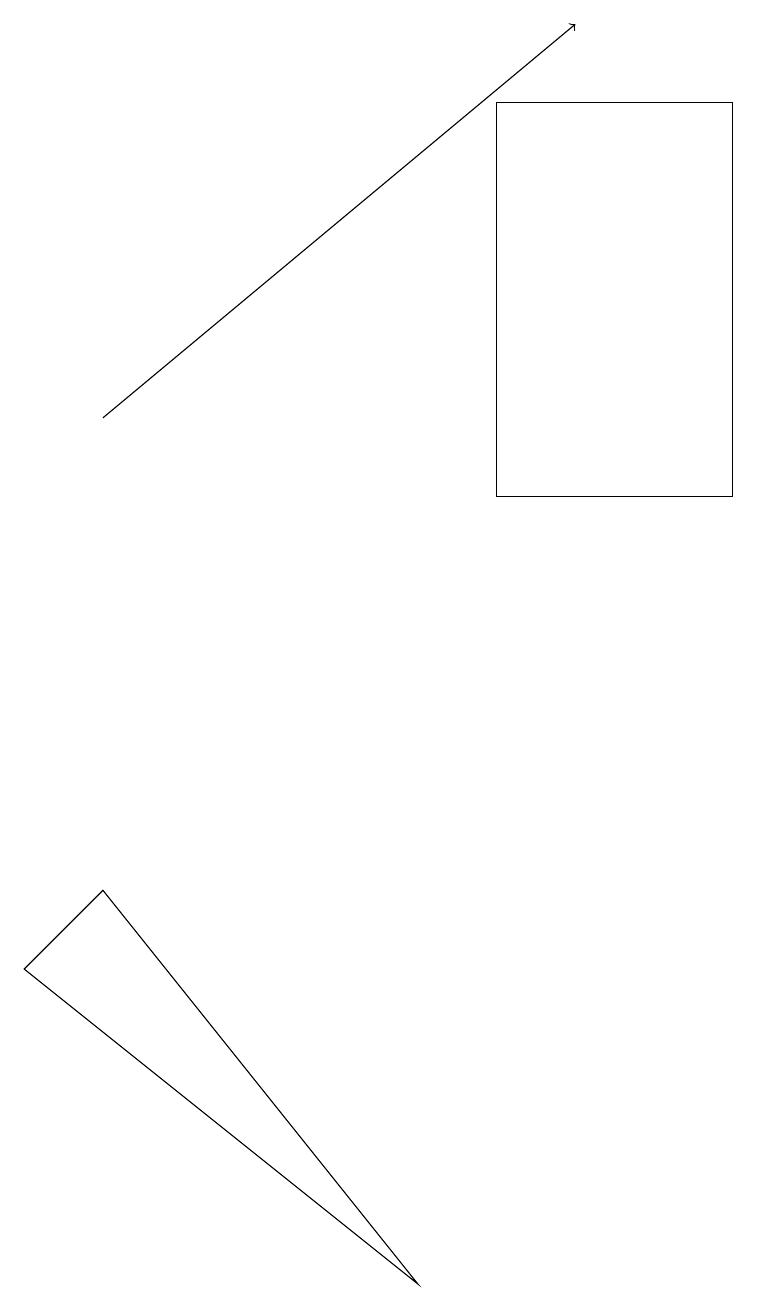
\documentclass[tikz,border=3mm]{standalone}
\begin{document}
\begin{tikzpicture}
\draw (6,16) rectangle (9,11);
\draw[->] (1,12) -- (7,17);
\draw (0,5) -- (1,6) -- (5,1) -- cycle;
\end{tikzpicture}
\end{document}